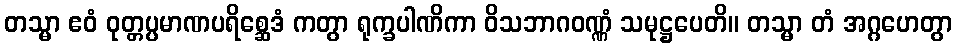
တသ္မာ ဧဝံ ဝုတ္တပ္ပမာဏပရိစ္ဆေဒံ ကတွာ ရုက္ခပါဏိကာ ဝိသဘာဂဝဏ္ဏံ သမုဋ္ဌပေတိ။ တသ္မာ တံ အဂ္ဂဟေတွာ